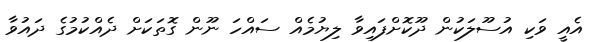
އެއީ ވަކި އުސޫލަކުން ދޫކޮށްފައިވާ ލިޔުމެއް ސައްހަ ނޫން ގޮތަކަށް ދެއްކުމުގެ ދައުވާ